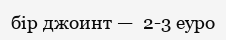
бір джоинт —  2-3 еуро